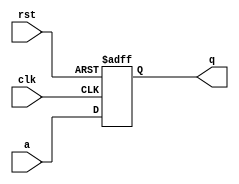
//Serial In Serial Out Shift Register

module siso(clk,rst,a,q);

    input a;
    input clk,rst;
    output q;
    reg q;

    always@(posedge clk,posedge rst)
    begin
        if(rst==1'b1)
            q<=1'b0;
        else
            q<=a;
    end
endmodule